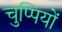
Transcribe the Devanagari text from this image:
चुप्पियों